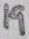
Text: 19